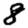
Digit: 8